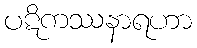
ပဋိကဿနာရဟာ